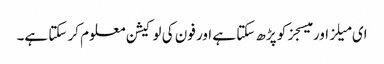
ای میلز اور میسجز کو پڑھ سکتا ہے اور فون کی لوکیشن معلوم کر سکتا ہے۔